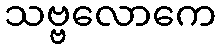
သဗ္ဗလောကေ